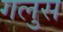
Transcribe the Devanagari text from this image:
गलुस